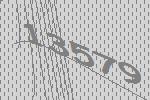
13579